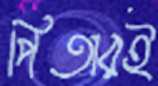
পিতারই